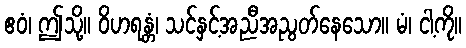
ဧဝံ၊ ဤသို့။ ဝိဟရန္တံ၊ သင်နှင့်အညီအညွတ်နေသော။ မံ၊ ငါ့ကို။